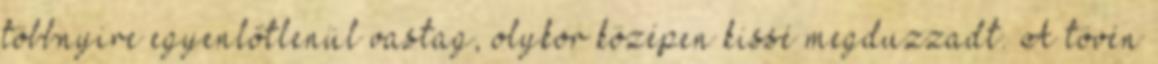
többnyire egyenlőtlenül vastag, olykor középen kissé megduzzadt. A tövén